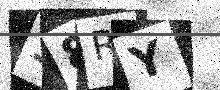
Text: 38RY